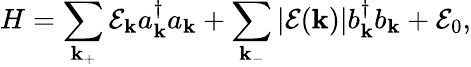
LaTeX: H=\sum_{\mathbf{k}_{+}}\mathcal{E}_{\mathbf{k}}a_{\mathbf{k}}^{\dagger}a_{\mathbf{k}}+\sum_{\mathbf{k}_{-}}|\mathcal{E}(\mathbf{k})|b_{\mathbf{k}}^{\dagger}b_{\mathbf{k}}+\mathcal{E}_{0},